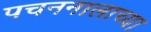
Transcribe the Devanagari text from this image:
पचननालाच्या